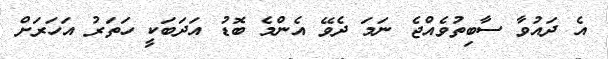
އެ ދައުވާ ސާބިތުވެއްޖެ ނަމަ ދެވޭ އެންމެ ބޮޑު އަދަބަކީ ހަތަރު އަހަރަށް